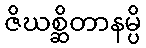
ဇိဃစ္ဆိတာနမ္ပိ